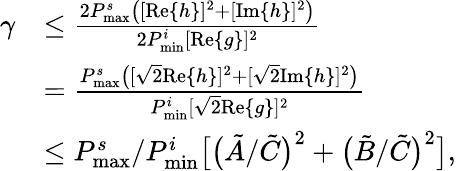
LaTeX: \begin{array}{rl}{\gamma}&{\leq\frac{2P_{\textnormal{max}}^{s}\big([\textnormal{Re}\{ h\} ]^{2}+[\textnormal{Im}\{ h\} ]^{2}\big)}{2P_{\textnormal{min}}^{i}[\textnormal{Re}\{ g\} ]^{2}}}\\ &{=\frac{P_{\textnormal{max}}^{s}\big([\sqrt{2}\textnormal{Re}\{ h\} ]^{2}+[\sqrt{2}\textnormal{Im}\{ h\} ]^{2}\big)}{P_{\textnormal{min}}^{i}[\sqrt{2}\textnormal{Re}\{ g\} ]^{2}}}\\ &{\leq P_{\textnormal{max}}^{s}/P_{\textnormal{min}}^{i}\big[\big(\tilde{A}/\tilde{C}\big)^{2}+\big(\tilde{B}/\tilde{C}\big)^{2}\big],}\end{array}